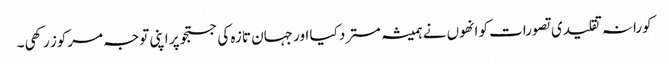
کورانہ تقلیدی تصورات کو انھوں نے ہمیشہ مسترد کیا اور جہان تازہ کی جستجو پر اپنی توجہ مرکوز رکھی۔